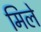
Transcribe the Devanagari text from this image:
मिले